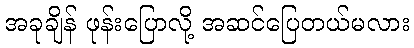
အခုချိန် ဖုန်းပြောလို့ အဆင်ပြေတယ်မလား